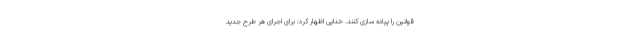
قوانین را پیاده سازی کنند. خدایی اظهار کرد: برای اجرای هر طرح جدید